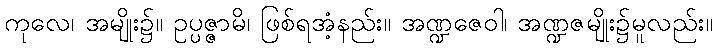
ကုလေ၊ အမျိုး၌။ ဥပ္ပဇ္ဇာမိ၊ ဖြစ်ရအံ့နည်း။ အဏ္ဍဇေဝါ၊ အဏ္ဍဇမျိုး၌မူလည်း။